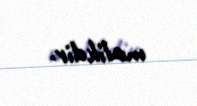
malikdir.